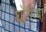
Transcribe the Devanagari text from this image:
धौंसिया